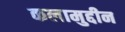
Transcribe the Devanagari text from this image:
कलामुद्दीन